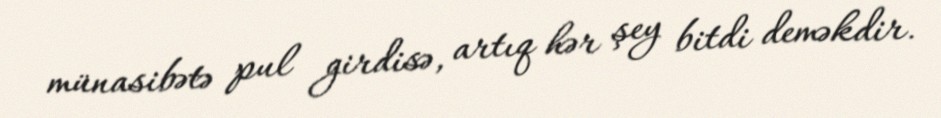
münasibətə pul girdisə, artıq hər şey bitdi deməkdir.